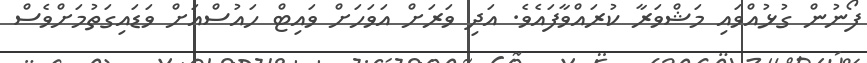
ފޯނުން ގުޅުއްވައި މަޝްވަރާ ކުރައްވާފައެވެ. އަދި ވަރަށް އަވަހަށް ވައިޓް ހައުސްއަށް ވަޑައިގަތުމަށްވެސް